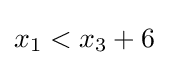
x_{1}<x_{3}+6